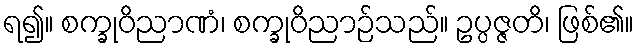
ရ၍။ စက္ခုဝိညာဏံ၊ စက္ခုဝိညာဉ်သည်။ ဥပ္ပဇ္ဇတိ၊ ဖြစ်၏။